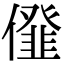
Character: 𠏪